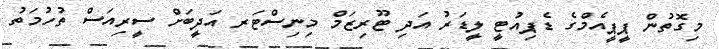
މިގޮތުން ޕީޕީއެމްގެ ޑެޕިއުޓީ ލީޑަރު އަދި ޓޫރިޒަމް މިނިސްޓަރ އަދީބަށް ސީރިއަސް ތުހުމަތު